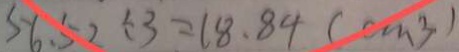
5 6 . 5 2 \div 3 = 1 8 . 8 4 ( c m ^ { 3 } )